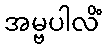
အမ္ဗပါလိံ